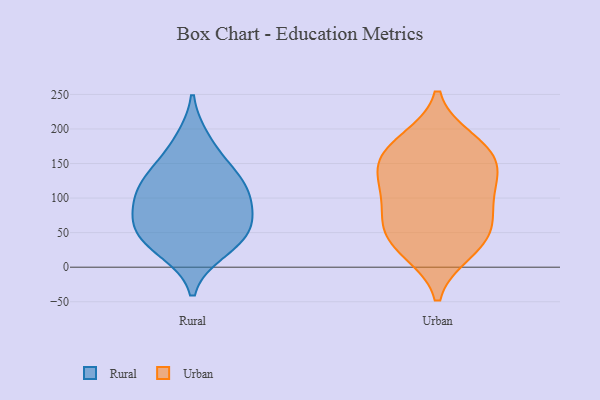
{"axis": {"x": "Humidity (%)", "y": "Value"}, "legend": ["Rural", "Urban"], "data": [{"x": "", "y": 59, "type": "Rural"}, {"x": "", "y": 65, "type": "Rural"}, {"x": "", "y": 143, "type": "Rural"}, {"x": "", "y": 100, "type": "Rural"}, {"x": "", "y": 184, "type": "Rural"}, {"x": "", "y": 34, "type": "Rural"}, {"x": "", "y": 98, "type": "Rural"}, {"x": "", "y": 53, "type": "Rural"}, {"x": "", "y": 132, "type": "Rural"}, {"x": "", "y": 112, "type": "Rural"}, {"x": "", "y": 24, "type": "Rural"}, {"x": "", "y": 144, "type": "Urban"}, {"x": "", "y": 64, "type": "Urban"}, {"x": "", "y": 73, "type": "Urban"}, {"x": "", "y": 169, "type": "Urban"}, {"x": "", "y": 49, "type": "Urban"}, {"x": "", "y": 108, "type": "Urban"}, {"x": "", "y": 182, "type": "Urban"}, {"x": "", "y": 31, "type": "Urban"}, {"x": "", "y": 167, "type": "Urban"}, {"x": "", "y": 138, "type": "Urban"}, {"x": "", "y": 111, "type": "Urban"}, {"x": "", "y": 24, "type": "Urban"}]}